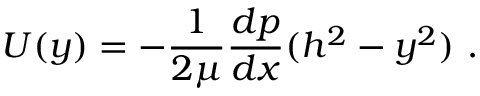
U ( y ) = - \frac { 1 } { 2 \mu } \frac { d p } { d x } ( h ^ { 2 } - y ^ { 2 } ) \mathrm { ~ . ~ }